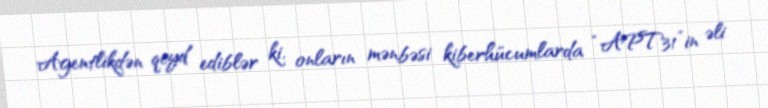
Agentlikdən qeyd ediblər ki, onların mənbəsi kiberhücumlarda “APT31”in əli